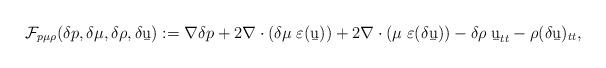
LaTeX: \begin{align*}\mathcal F_{p\mu\rho}(\delta p,\delta\mu,\delta\rho,\delta \b u):= \nabla \delta p + 2\nabla\cdot(\delta\mu\;\varepsilon(\b u))+ 2\nabla\cdot(\mu\;\varepsilon(\delta\b u))-\delta\rho\;\b u_{tt}-\rho(\delta\b u)_{tt},\end{align*}